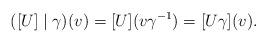
LaTeX: \begin{align*}([U]\mid \gamma)(v)=[U](v\gamma^{-1})=[U\gamma](v).\end{align*}